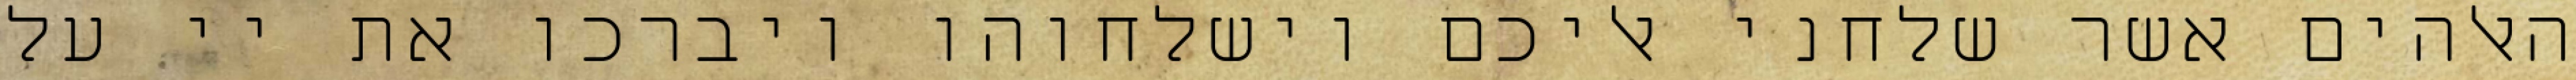
האלהים אשר שלחני אליכם וישלחוהו ויברכו את יי על